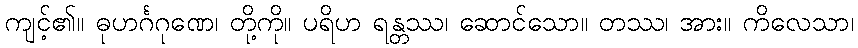
ကျင့်၏။ ဓုဟင်္ဂဂုဏေ၊ တို့ကို။ ပရိဟ ရန္တဿ၊ ဆောင်သော။ တဿ၊ အား။ ကိလေသာ၊